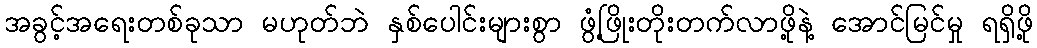
အခွင့်အရေးတစ်ခုသာ မဟုတ်ဘဲ နှစ်ပေါင်းများစွာ ဖွံ့ဖြိုးတိုးတက်လာဖို့နဲ့ အောင်မြင်မှု ရရှိဖို့